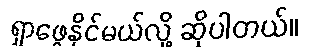
ရှာဖွေနိုင်မယ်လို့ ဆိုပါတယ်။